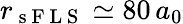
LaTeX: r_{\mathrm{~s~F~L~S~}}\simeq 80\, a_{0}